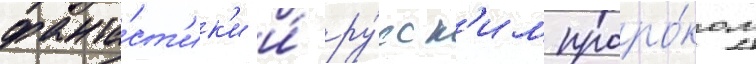
фанта́ст'ик'и и́ ру́сск'им проро́ком